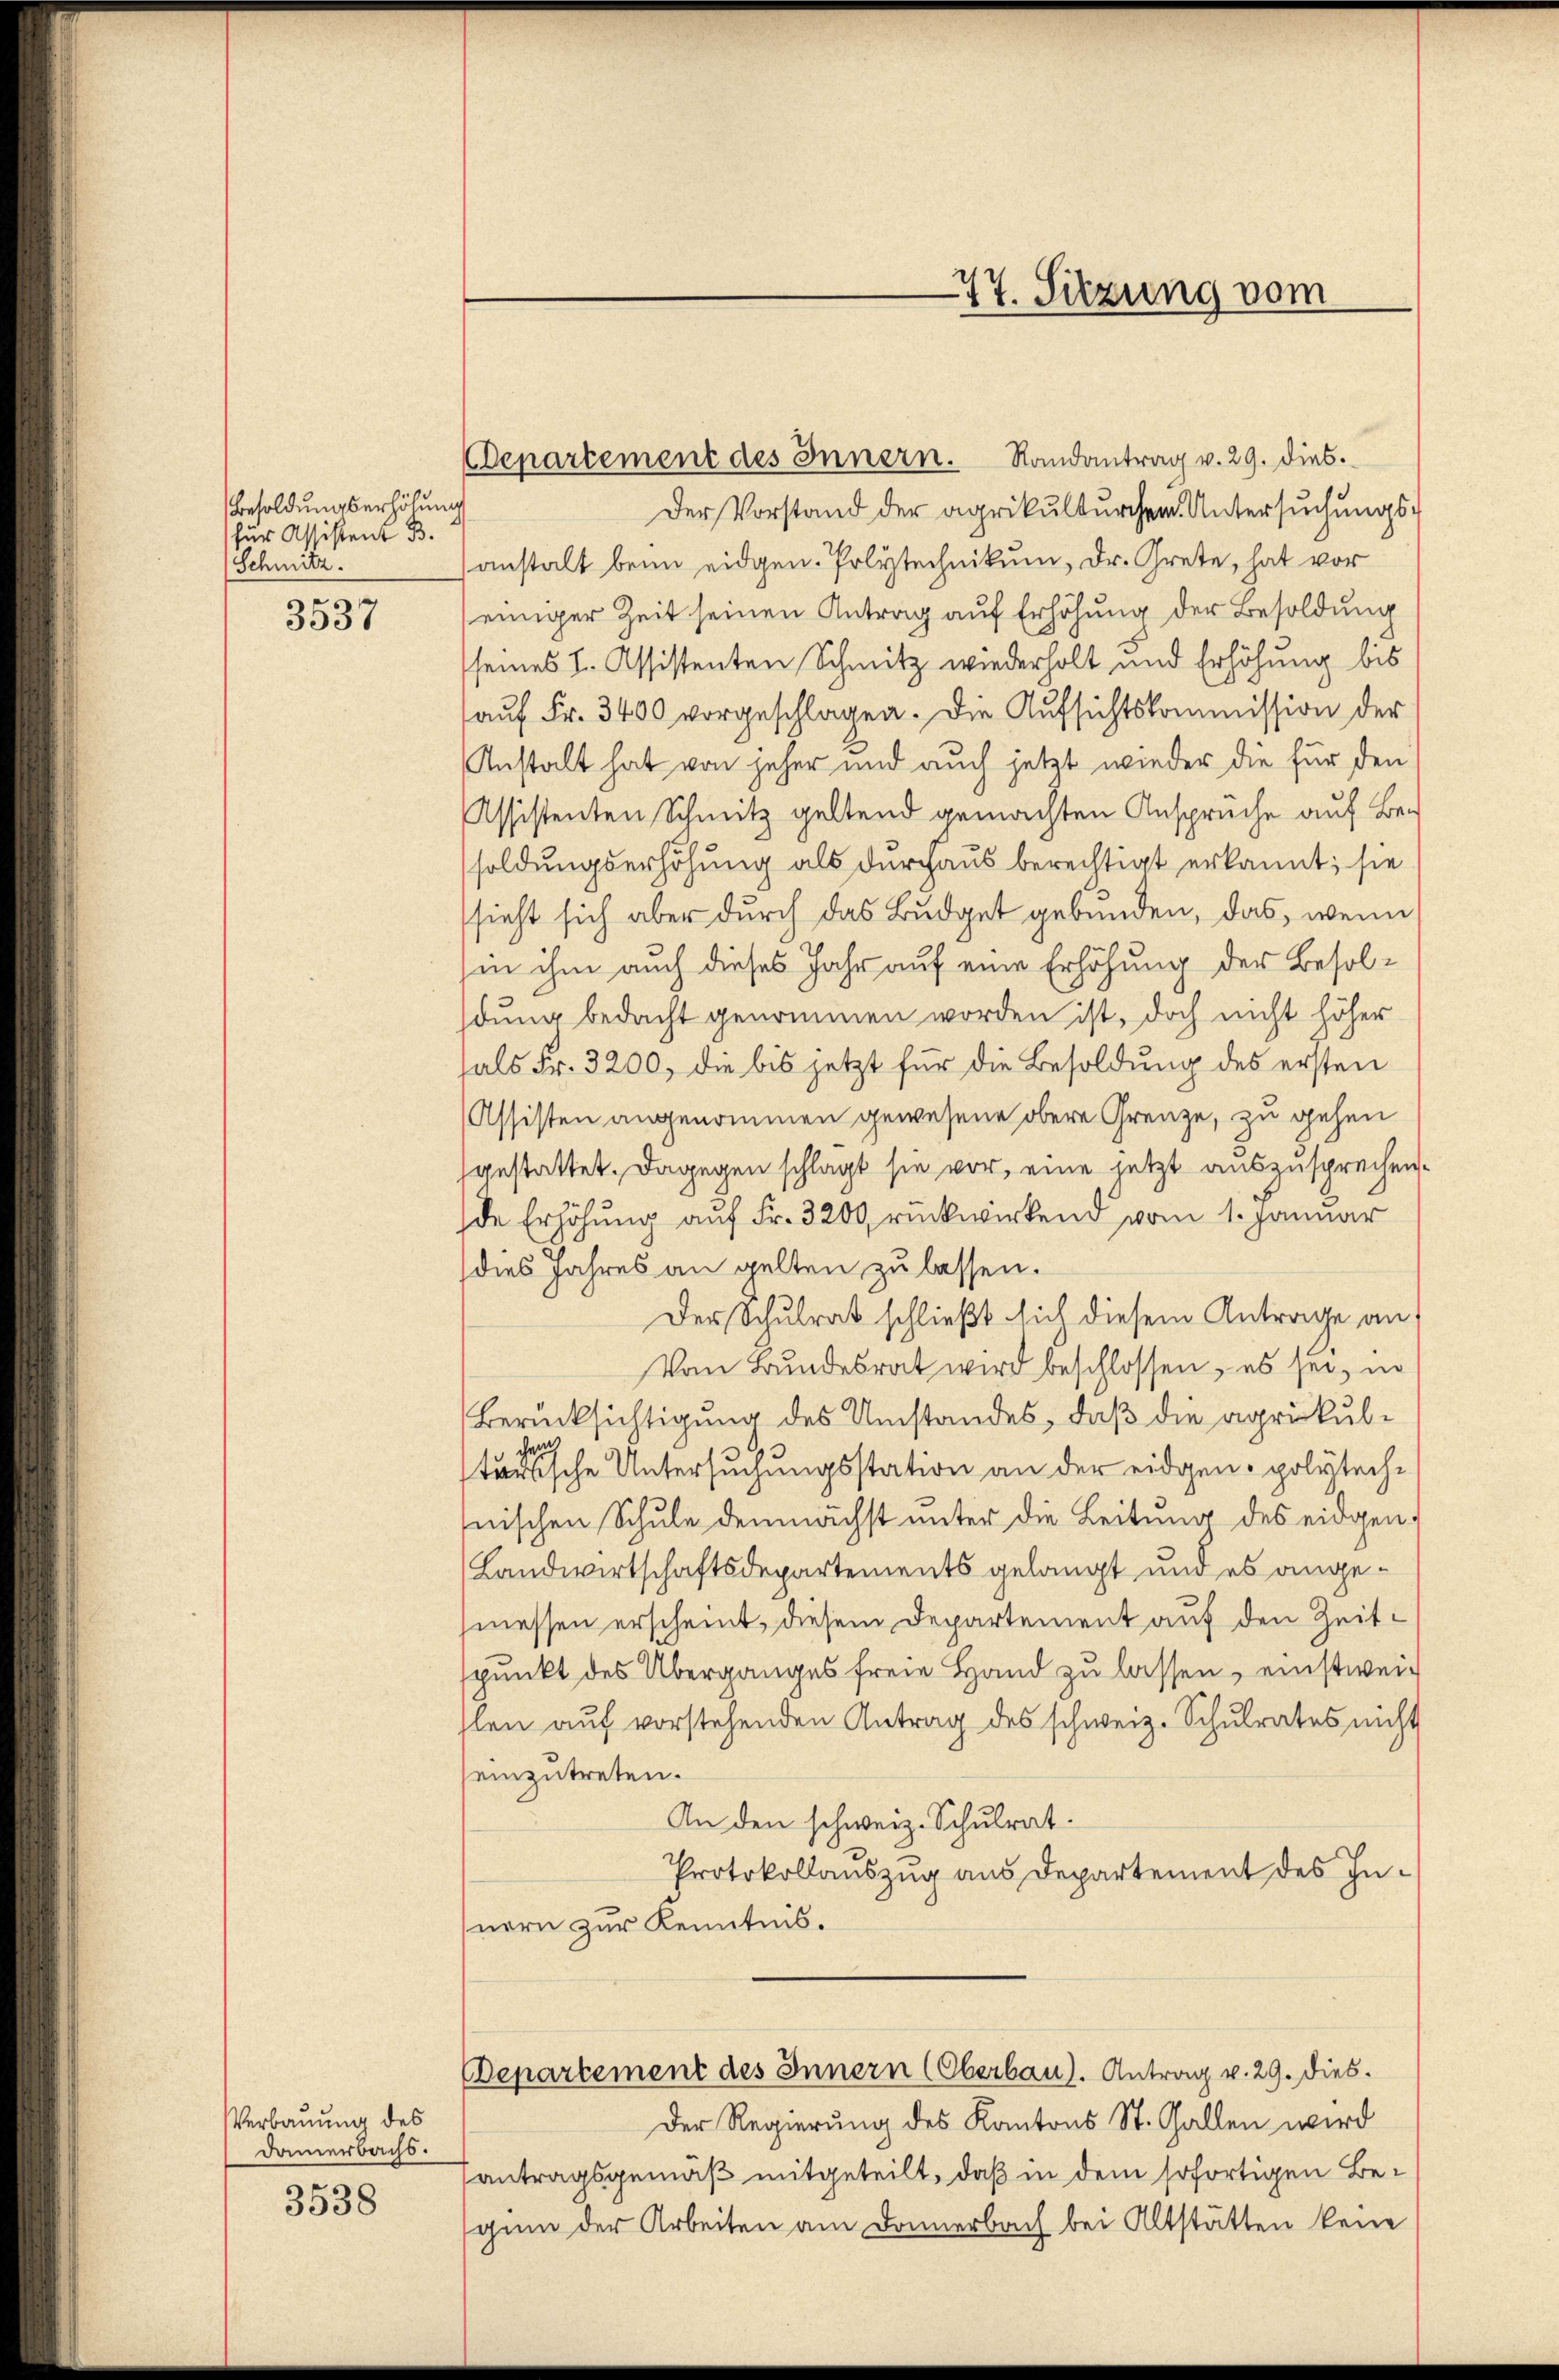
Besoldungserhöhung
für Assistent B.
Schmitz.

3537

Verbauung des
damerbachs.

3538

Departement des Innern. Randantrag v. 29. dies
Der Vorstand der agrikulturchen Untersŭchŭngs-
anstalt beim eidgen. Polytechnikum, Dr. Grete, hat vor
einiger Zeit seinen Antrag auf Erhöhung der Besoldung
seines L. Assistenten Schmitz wiederholt und Erhöhung bis
aŭf Fr. 3400 vorgeschlagen. Die Aufsichtskommission der
Anstalt hat von jeher und auch jetzt wieder die für den
Assistenten Schmitz geltend gemachten Ansprüche auf Besoldungserhöhung als durchaus berechtigt erkannt; sie
sieht sich aber durch das Budget gebunden, das, wenn
hin ihm auch dieses Jahr auf eine Erhöhung der Besoldung bedacht genommen worden ist, doch nicht höher
als Fr. 3200, die bis jetzt für die Besoldung des ersten
Assisten angenommen gewesene obere Grenze, zu gehen
gestattet. Dagegen schlagt sie vor, eine jetzt auszusprechen.
de Erhöhung auf Fr. 3200 rückwirkend vom 1. Januar
dies Jahres an gelten zu lassen.
Der Schulrat schließt sich diesem Antrage an
Vom Bundesrat wird beschlossen, es sei, in
Berücksichtigung des Umstandes, daß die agrikultrische Untersuchungsstation an der eidgen. polytechnischen Schule demnächst unter die Leitung des eidgen
Landwirtschaftsdepartements gelangt und es angemessen erscheint, diesem Departement auf den Zeitspunkt des Überganges freie Hand zu lassen, einstweilen auf vorstehenden Antrag des schweiz. Schulrates nicht
einzutreten.
An den schweiz. Schulrat.
Protokollauszug aus Departement des Innern zur Kenntnis.
Departement des Innern (Oberbau). Antrag v. 29. Dies
Der Regierung des Kantons St. Gallen wird
antragsgemäß mitgeteilt, daß in dem sofortigen Begin der Arbeiten am Donnerbach bei Altstätten kein

77. Sitzung vom